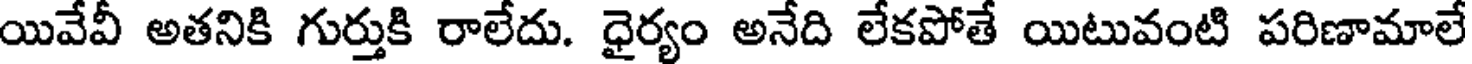
యివేవీ అతనికి గుర్తుకి రాలేదు. ధైర్యం అనేది లేకపోతే యిటువంటి పరిణామాలే